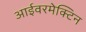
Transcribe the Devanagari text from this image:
आईवरमेक्टिन